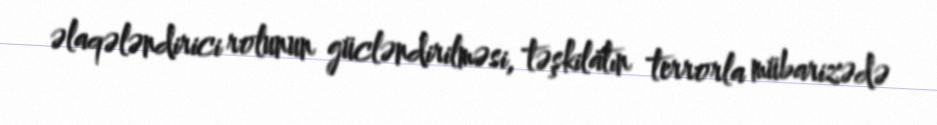
əlaqələndirici rolunun gücləndirilməsi, təşkilatın terrorla mübarizədə